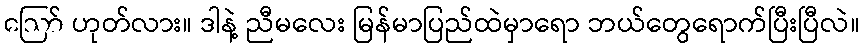
ဪ ဟုတ်လား။ ဒါနဲ့ ညီမလေး မြန်မာပြည်ထဲမှာရော ဘယ်တွေရောက်ပြီးပြီလဲ။